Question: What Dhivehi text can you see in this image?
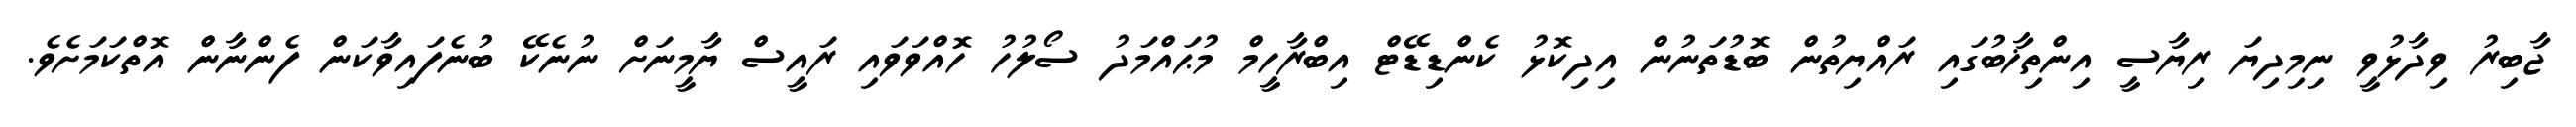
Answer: ޖާބިރު ވިދާޅުވީ ނިމިދިޔަ ރިޔާސީ އިންތިޚާބުގައި ރައްޔިތުން ބޮޑުތަނުން އިދިކޮޅު ކެންޑިޑޭޓް އިބްރާހީމް މުޙައްމަދު ސޯލުހު ހޮއްވަވައި ރައީސް ޔާމީނަށް ނުނެކޭ ބުނެފައިވާކަން ފެންނާން އޮތްކަމަށެވެ.